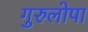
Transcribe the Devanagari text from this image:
गुरुलोपा